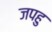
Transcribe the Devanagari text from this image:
जपहु